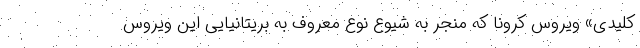
کلیدی» ویروس کرونا که منجر به شیوع نوع معروف به بریتانیایی این ویروس